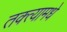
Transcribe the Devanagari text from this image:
तक्त्यामधे